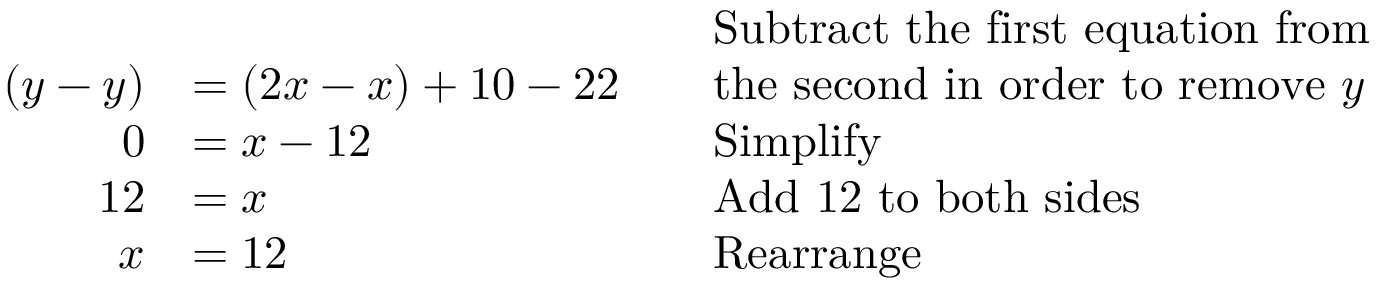
{ \begin{array} { r l r l } & { } & & { { \mathrm { S u b t r a c t ~ t h e ~ f i r s t ~ e q u a t i o n ~ f r o m } } } \\ { ( y - y ) } & { = ( 2 x - x ) + 1 0 - 2 2 } & & { { \mathrm { t h e ~ s e c o n d ~ i n ~ o r d e r ~ t o ~ r e m o v e ~ } } y } \\ { 0 } & { = x - 1 2 } & & { { \mathrm { S i m p l i f y } } } \\ { 1 2 } & { = x } & & { { \mathrm { A d d ~ 1 2 ~ t o ~ b o t h ~ s i d e s } } } \\ { x } & { = 1 2 } & & { { \mathrm { R e a r r a n g e } } } \end{array} }